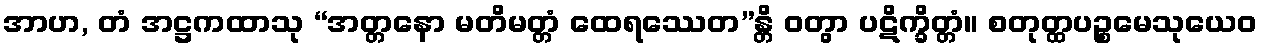
အာဟ, တံ အဋ္ဌကထာသု “အတ္တနော မတိမတ္တံ ထေရဿေတ”န္တိ ဝတွာ ပဋိက္ခိတ္တံ။ စတုတ္ထပဉ္စမေသုယေဝ